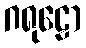
ဂရုဠော